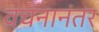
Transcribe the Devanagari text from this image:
वचनानंतर